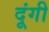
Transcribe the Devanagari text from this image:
दूंगी